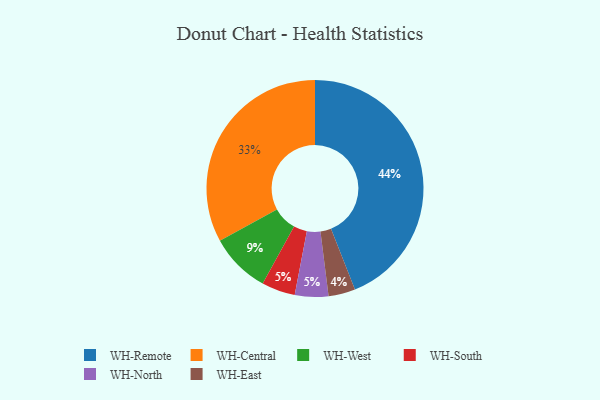
{"axis": {"x": "Category", "y": "Percentage"}, "legend": ["WH-Central", "WH-East", "WH-North", "WH-Remote", "WH-South", "WH-West"], "data": [{"x": "WH-Remote", "y": 44, "type": "WH-Remote"}, {"x": "WH-East", "y": 4, "type": "WH-East"}, {"x": "WH-South", "y": 5, "type": "WH-South"}, {"x": "WH-North", "y": 5, "type": "WH-North"}, {"x": "WH-West", "y": 9, "type": "WH-West"}, {"x": "WH-Central", "y": 33, "type": "WH-Central"}]}